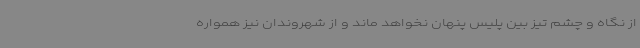
از نگاه و چشم تیز بین پلیس پنهان نخواهد ماند و از شهروندان نیز همواره